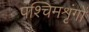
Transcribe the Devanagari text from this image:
पश्चिमशृंगों